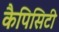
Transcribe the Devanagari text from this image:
कैपिसिटी